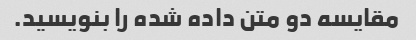
مقایسه دو متن داده شده را بنویسید.